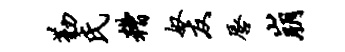
勤氏糟奴友唇崩